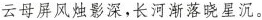
云母屏风烛影深，长河渐落晓星沉。